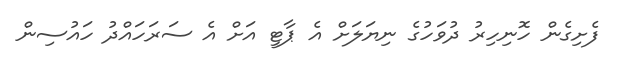
ފެށިގެން ހޮނިހިރު ދުވަހުގެ ނިޔަލަށް އެ ޕާޓީ އަށް އެ ސަރަހައްދު ހައުސިން